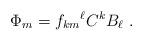
LaTeX: \begin{align*}\Phi_m = {f_{km}}^{\ell} C^{k} B_{\ell}~.\end{align*}